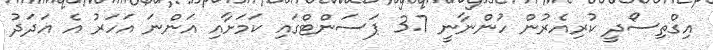
އިގްތިސޯދީ ކުރިއެރުން ހުންނާނީ 3.7 ޕަސަންޓްގައި ކަމަށާއި އަންނަ އަހަރު އެ އަދަދު